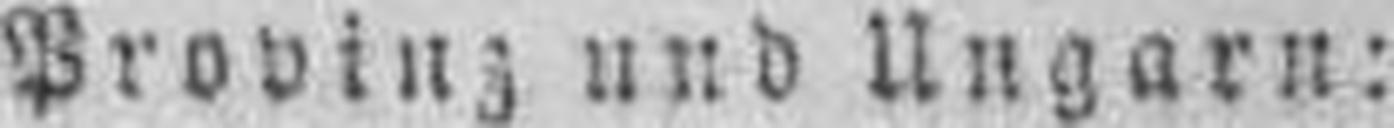
Provinz und Ungarn: